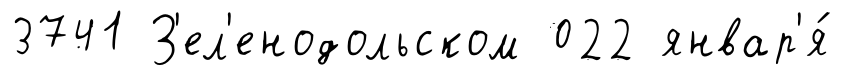
3741 З'ел'енодольском 022 январ'я́